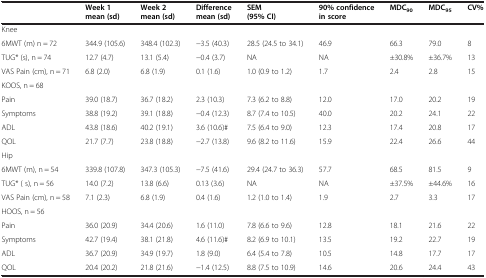
<table><thead><tr><td><b> </b></td><td><b>Week 1 mean (sd)</b></td><td><b>Week 2 mean (sd)</b></td><td><b>Difference mean (sd)</b></td><td><b>SEM (95% CI)</b></td><td><b>90% confidence in score</b></td><td><b>MDC<sub>90</sub></b></td><td><b>MDC<sub>95</sub></b></td><td><b>CV%</b></td></tr></thead><tbody><tr><td>Knee</td><td> </td><td> </td><td> </td><td> </td><td> </td><td> </td><td> </td><td> </td></tr><tr><td>6MWT (m) n = 72</td><td>344.9 (105.6)</td><td>348.4 (102.3)</td><td>-3.5 (40.3)</td><td>28.5 (24.5 to 34.1)</td><td>46.9</td><td>66.3</td><td>79.0</td><td>8</td></tr><tr><td>TUG* (s), n = 74</td><td>12.7 (4.7)</td><td>13.1 (5.4)</td><td>-0.4 (3.7)</td><td>NA</td><td>NA</td><td>±30.8%</td><td>±36.7%</td><td>13</td></tr><tr><td>VAS Pain (cm), n = 71</td><td>6.8 (2.0)</td><td>6.8 (1.9)</td><td>0.1 (1.6)</td><td>1.0 (0.9 to 1.2)</td><td>1.7</td><td>2.4</td><td>2.8</td><td>15</td></tr><tr><td>KOOS, n = 68</td><td> </td><td> </td><td> </td><td> </td><td> </td><td> </td><td> </td><td> </td></tr><tr><td>Pain</td><td>39.0 (18.7)</td><td>36.7 (18.2)</td><td>2.3 (10.3)</td><td>7.3 (6.2 to 8.8)</td><td>12.0</td><td>17.0</td><td>20.2</td><td>19</td></tr><tr><td>Symptoms</td><td>38.8 (19.2)</td><td>39.1 (18.8)</td><td>-0.4 (12.3)</td><td>8.7 (7.4 to 10.5)</td><td>40.0</td><td>20.2</td><td>24.1</td><td>22</td></tr><tr><td>ADL</td><td>43.8 (18.6)</td><td>40.2 (19.1)</td><td>3.6 (10.6)#</td><td>7.5 (6.4 to 9.0)</td><td>12.3</td><td>17.4</td><td>20.8</td><td>17</td></tr><tr><td>QOL</td><td>21.7 (7.7)</td><td>23.8 (18.8)</td><td>-2.7 (13.8)</td><td>9.6 (8.2 to 11.6)</td><td>15.9</td><td>22.4</td><td>26.6</td><td>44</td></tr><tr><td>Hip</td><td> </td><td> </td><td> </td><td> </td><td> </td><td> </td><td> </td><td> </td></tr><tr><td>6MWT (m), n = 54</td><td>339.8 (107.8)</td><td>347.3 (105.3)</td><td>-7.5 (41.6)</td><td>29.4 (24.7 to 36.3)</td><td>57.7</td><td>68.5</td><td>81.5</td><td>9</td></tr><tr><td>TUG* ( s), n = 56</td><td>14.0 (7.2)</td><td>13.8 (6.6)</td><td>0.13 (3.6)</td><td>NA</td><td>NA</td><td>±37.5%</td><td>±44.6%</td><td>16</td></tr><tr><td>VAS Pain (cm), n = 58</td><td>7.1 (2.3)</td><td>6.8 (1.9)</td><td>0.4 (1.6)</td><td>1.2 (1.0 to 1.4)</td><td>1.9</td><td>2.7</td><td>3.3</td><td>17</td></tr><tr><td>HOOS, n = 56</td><td> </td><td> </td><td> </td><td> </td><td> </td><td> </td><td> </td><td> </td></tr><tr><td>Pain</td><td>36.0 (20.9)</td><td>34.4 (20.6)</td><td>1.6 (11.0)</td><td>7.8 (6.6 to 9.6)</td><td>12.8</td><td>18.1</td><td>21.6</td><td>22</td></tr><tr><td>Symptoms</td><td>42.7 (19.4)</td><td>38.1 (21.8)</td><td>4.6 (11.6)#</td><td>8.2 (6.9 to 10.1)</td><td>13.5</td><td>19.2</td><td>22.7</td><td>19</td></tr><tr><td>ADL</td><td>36.7 (20.9)</td><td>34.9 (19.7)</td><td>1.8 (9.0)</td><td>6.4 (5.4 to 7.8)</td><td>10.5</td><td>14.8</td><td>17.7</td><td>17</td></tr><tr><td>QOL</td><td>20.4 (20.2)</td><td>21.8 (21.6)</td><td>-1.4 (12.5)</td><td>8.8 (7.5 to 10.9)</td><td>14.6</td><td>20.6</td><td>24.4</td><td>43</td></tr></tbody></table>